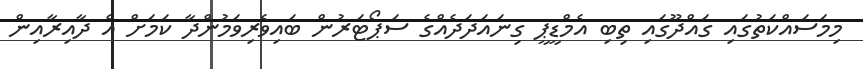
މިމަސައްކަތުގައި ގައްދޫގައި ތިބި އެމްޑީޕީ ގިނައަދަދެއްގެ ސަޕޯޓަރުން ބައިވެރިވަމުންދާ ކަމަށް އެ ދާއިރާއިން